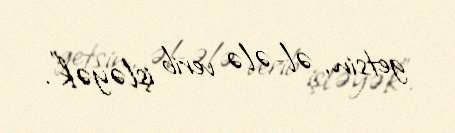
getsin, əl-ələ verib işləyək”.